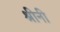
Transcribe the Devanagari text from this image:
श्रीनी